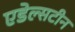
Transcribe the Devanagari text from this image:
एडेल्सटीन